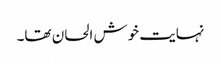
نہایت خوش الحان تھا۔